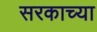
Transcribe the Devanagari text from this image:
सरकाच्या